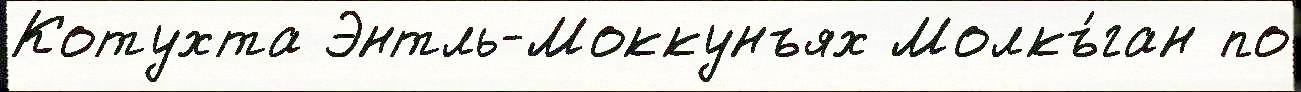
Котухта Энтль-Моккунъях Молкъ́ган по